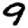
Digit: 9